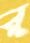
র